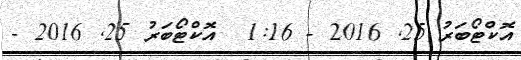
އޮކްޓޯބަރު 25